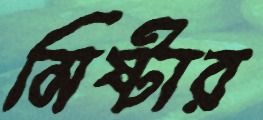
মিষ্টার